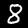
Digit: 8